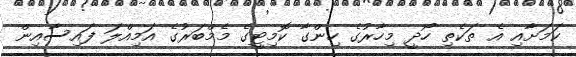
ކަމަށާއި އެ ތަކެތި ހޯދީ މިހާރުގެ ހިންގާ ކޮމިޓީގެ މެމްބަރުގެ އަމިއްލަ ފައިސާއިން